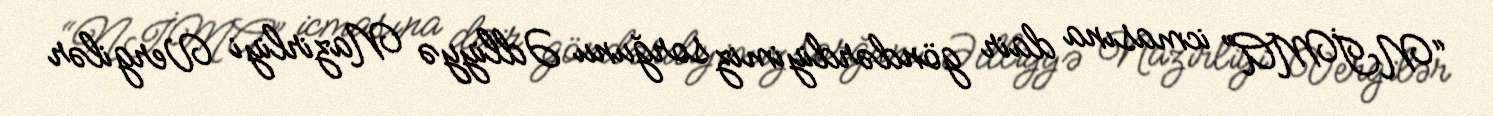
“NİMA” icmasına dair göndərdiyimiz sorğunu Ədliyyə Nazirliyi Vergilər